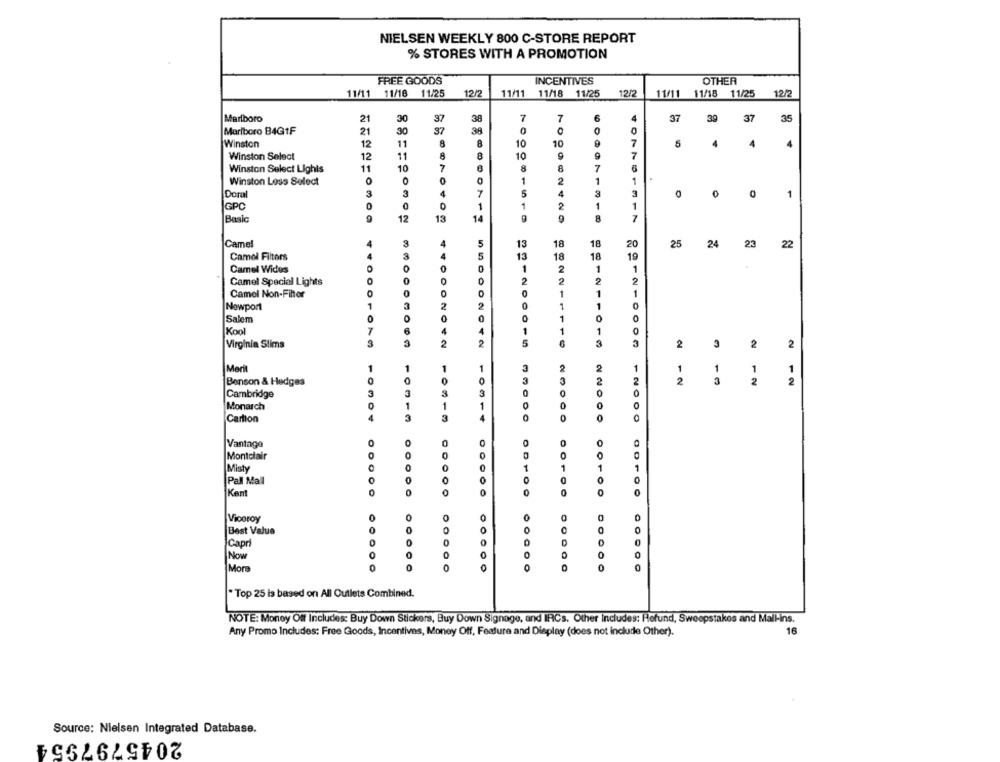
NIELSEN WEEKLY 800 C-STORE REPORT
% STORES WITH A PROMOTION
FREE GOODS
INCENTIVES
OTHER
12/7
11/11 11/18 11/25
12/2
11/11 11/18 11/25
11/11 11/18 11/25
12/2
Marlboro
21
30
37
38
7
6
37
39
37
35
Marlboro B4G1F
30
37
39
0
0
21
Winston
12
11
8
10
10
5
4
4
4
Winston Select
12
11
8
10
11
10
7
8
7
Winston Select Lighis
Winston Less Select
O
1
2
1
Doral
3
3
4
5
3
0
1
GPC
0
0
1
1
2
Basic
12
13
14
8
7
100982420
Camel
4
13
18
18
20
25
24
23
22
Camel Filtors
13
18
18
19
Camel Wides
0
0
1
2
1
Camel Special Lights
2
2
2
2
Camel Non-Filter
4000
1
1
1
0
1
1
Newport
Salem
1
0
Kool
7
1
1
Virginia Slims
3
2
550002042
11200015
16
3
2
3
2
2
1
1
3
1
Merit
1
1
2
1
1
1
1
Benson & Hedges
3
2
2
2
3
0
2
2
Cambridge
3
0
0
1
0
0
0
Monarch
1
Carlton
4
10904
3
0
0
Vantage
Montclair
0
Misty
0
1
1
1
1
Pall Mall
O
0
Kent
0
Viconoy
0
0
Best Value
0
0
Capri
Now
0
More
0
0
. Top 25 is based on All Outlets Combined.
NOTE: Money Off Includes: Buy Down Stickers, Buy Down Signage, and IRCs. Other Includes: Refund, Sweepstakes and Mall-ins.
Any Promo Includes: Free Goods, Incentives, Money Off, Feature and Display (does not include Other).
16
Source: Nielsen Integrated Database.
2045797954